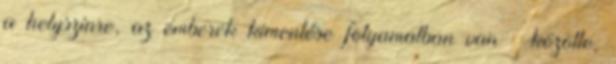
a helyszínre, az emberek kimentése folyamatban van – közölte,